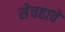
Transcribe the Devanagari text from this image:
सेचहावे